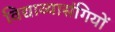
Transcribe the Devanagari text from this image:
विद्याव्यासंगियों